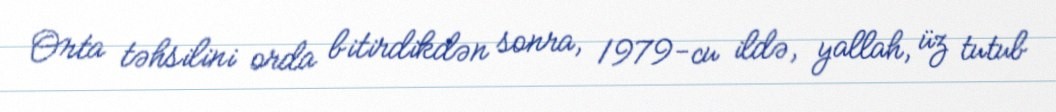
Orta təhsilini orda bitirdikdən sonra, 1979-cu ildə, yallah, üz tutub